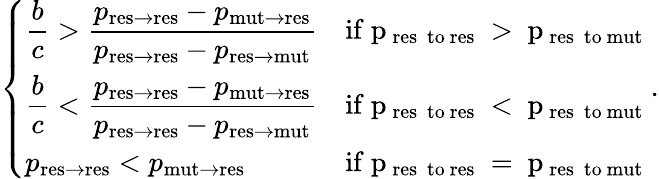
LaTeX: \left\{ \begin{array}{ll}{\displaystyle\frac{b}{c}>\frac{p_{\mathrm{res\to res}}-p_{\mathrm{mut\to res}}}{p_{\mathrm{res\to res}}-p_{\mathrm{res\to mut}}}}&{\mathrm{if~p_\mathrm{~res~\ to~res}~>~p_\mathrm{~res~\ to~mut}~}}\\ {\displaystyle\frac{b}{c}<\frac{p_{\mathrm{res\to res}}-p_{\mathrm{mut\to res}}}{p_{\mathrm{res\to res}}-p_{\mathrm{res\to mut}}}}&{\mathrm{if~p_\mathrm{~res~\ to~res}~<~p_\mathrm{~res~\ to~mut}~}}\\ {p_{\mathrm{res\to res}}<p_{\mathrm{mut\to res}}}&{\mathrm{if~p_\mathrm{~res~\ to~res}~=~p_\mathrm{~res~\ to~mut}~}}\end{array}\right..